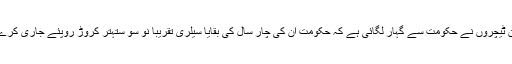
ان ٹیچروں نے حکومت سے گہار لگائی ہے کہ حکومت ان کی چار سال کی بقایا سیلری تقریباً نو سو ستہتر کروڑ روپئے جاری کرے۔